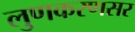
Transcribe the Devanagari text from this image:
लुणकरणसर